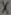
Text: X